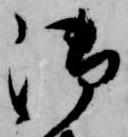
御